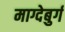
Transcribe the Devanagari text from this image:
माग्देबुर्ग